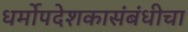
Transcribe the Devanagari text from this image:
धर्मोपदेशकासंबंधीचा